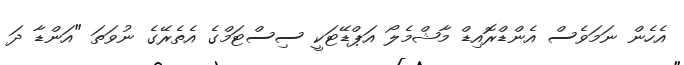
އެހެން ނަމަވެސް އެންޑްރޮއިޑް މާޝްމެލޯ އަޕްޑޭޓަކީ ސިސްޓަމްގެ އެތެރޭގެ ނުވަތަ "އަންޑާ ދަ